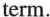
term.